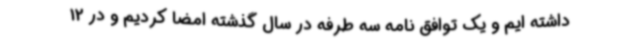
داشته ایم و یک توافق نامه سه طرفه در سال گذشته امضا کردیم و در 12